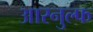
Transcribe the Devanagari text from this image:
आरनुल्फ